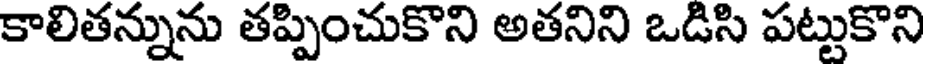
కాలితన్నును తప్పించుకొని అతనిని ఒడిసి పట్టుకొని